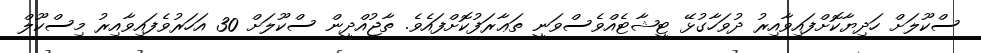
ސްކޫލަށް ހަދިޔާކޮށްފައިވާއިރު ދުވަހާގުޅޭ ޓީޝާޓެއްވެސްވަނީ ތަޢާރަފުކޮށްފައެވެ. ތާޖުއްދީން ސްކޫލަށް 30 އަހަރުވެފައިވާއިރު މިސްކޫލް